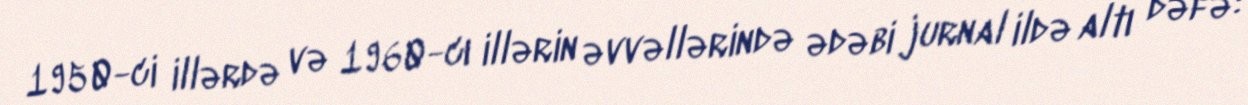
1950-ci illərdə və 1960-cı illərin əvvəllərində ədəbi jurnal ildə altı dəfə: